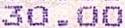
30.00